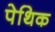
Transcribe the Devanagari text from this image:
पेथिक